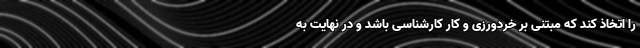
را اتخاذ کند که مبتنی بر خردورزی و کار کارشناسی باشد و در نهایت به